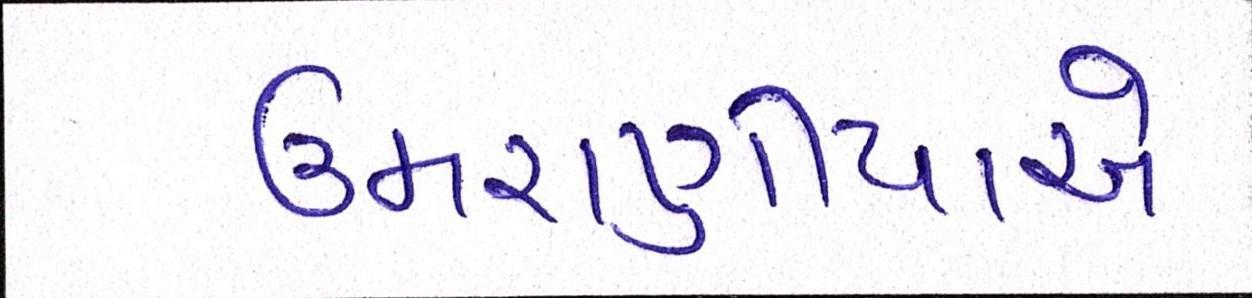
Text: ઉમરાણીયાએ